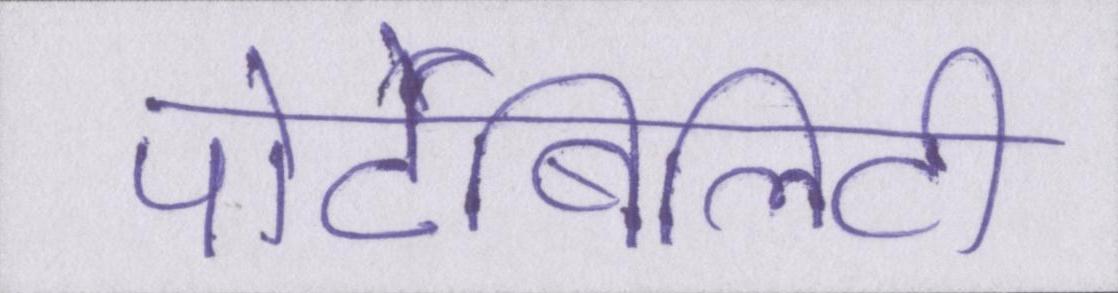
पोर्टेबिलिटी